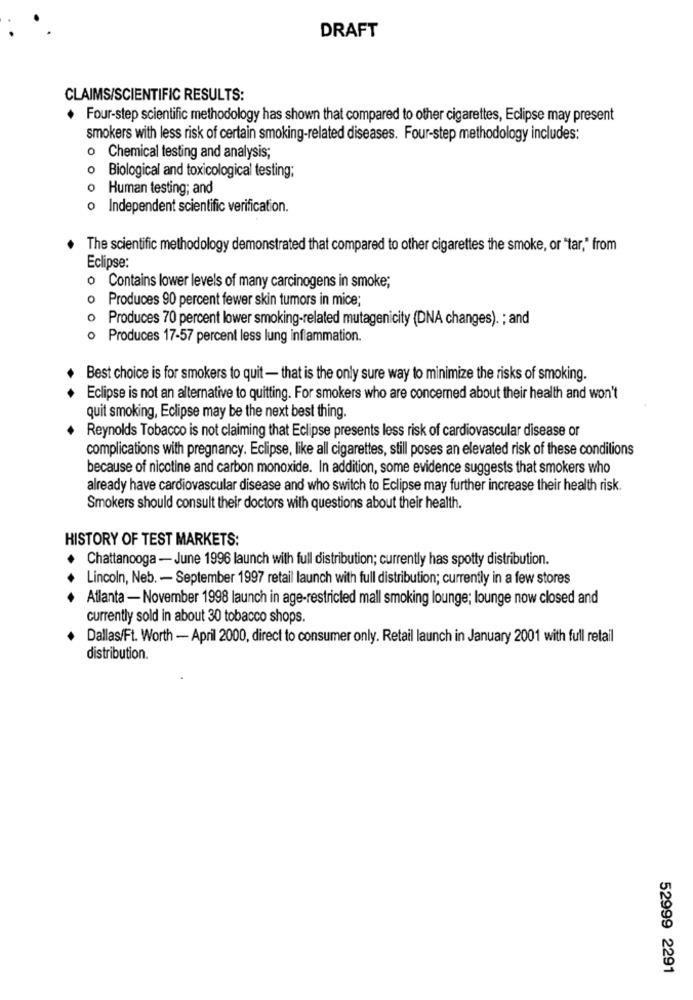
DRAFT
CLAIMS/SCIENTIFIC RESULTS:
Four-step scientific methodology has shown that compared to other cigarettes, Eclipse may present
smokers with less risk of certain smoking-related diseases. Four-step methodology includes:
o Chemical testing and analysis;
0
Biological and toxicological testing;
o Human testing; and
· Independent scientific verification.
The scientific methodology demonstrated that compared to other cigarettes the smoke, or "tar," from
Eclipse:
o Contains lower levels of many carcinogens in smoke;
o Produces 90 percent fewer skin tumors in mice;
0
Produces 70 percent lower smoking-related mutagenicity (DNA changes). ; and
Produces 17-57 percent less lung inflammation.
Best choice is for smokers to quit - that is the only sure way to minimize the risks of smoking.
Eclipse is not an alternative to quitting. For smokers who are concerned about their health and won't
quit smoking, Eclipse may be the next best thing.
Reynolds Tobacco is not claiming that Eclipse presents less risk of cardiovascular disease or
complications with pregnancy. Eclipse, like all cigarettes, still poses an elevated risk of these conditions
because of nicotine and carbon monoxide. In addition, some evidence suggests that smokers who
already have cardiovascular disease and who switch to Eclipse may further increase their health risk.
Smokers should consult their doctors with questions about their health.
HISTORY OF TEST MARKETS:
Chattanooga - June 1996 launch with full distribution; currently has spotty distribution.
Lincoln, Neb. - September 1997 retail launch with full distribution; currently in a few stores
Atlanta - November 1998 launch in age-restricted mall smoking lounge; lounge now closed and
currently sold in about 30 tobacco shops.
Dallas/Ft. Worth - April 2000, direct to consumer only. Retail launch in January 2001 with full retail
distribution.
52999 2291